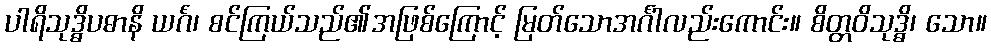
ပါရိသုဒ္ဓိပဓာနိ ယင်္ဂံ၊ စင်ကြယ်သည်၏အဖြစ်ကြောင့် မြတ်သောအင်္ဂါလည်းကောင်း။ စိတ္တဝိသုဒ္ဓိ၊ သော။